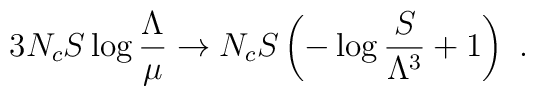
3N_cS\log{\frac{\Lambda}{\mu}} \to N_cS\left(-\log{\frac{S}{\Lambda^3}}+1 \right) ~.